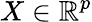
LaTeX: X\in\mathbb{R}^{p}